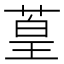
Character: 葟